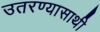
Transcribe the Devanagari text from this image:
उतरण्यासाथी